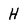
Character: H